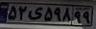
۵۲ی۵۹۸۹۹